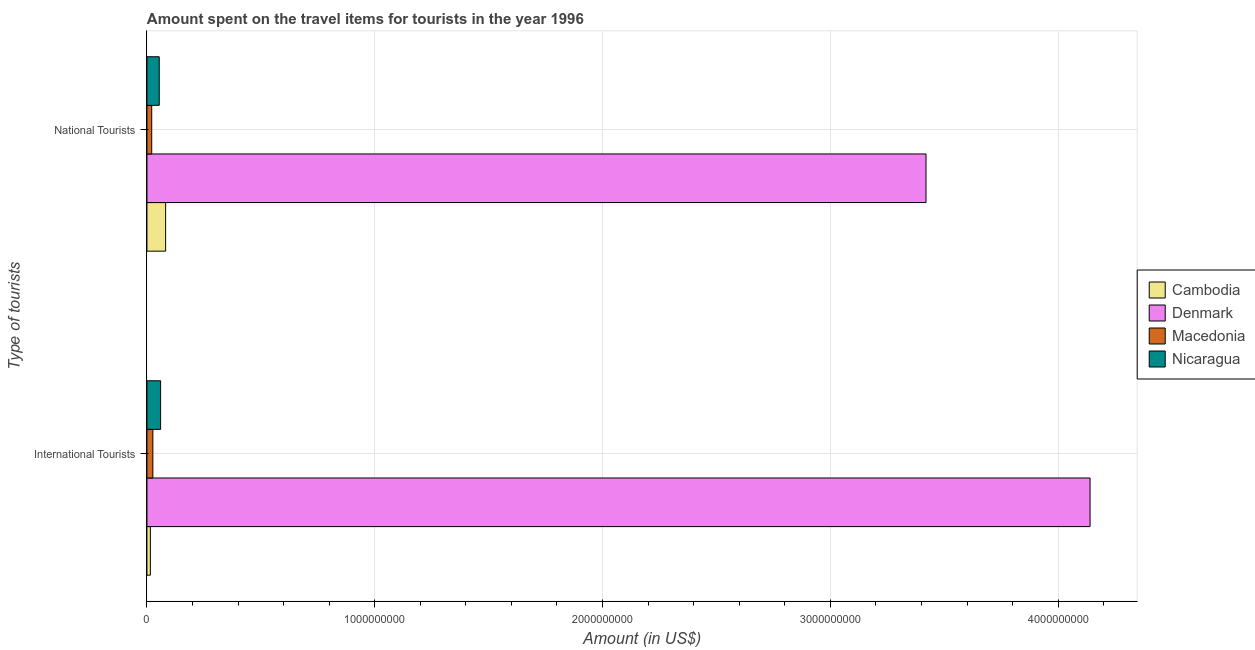
| Type of tourists | Cambodia | Denmark | Macedonia | Nicaragua |
 | --- | --- | --- | --- | --- |
 | International Tourists | 1.5e+07 | 4.14e+09 | 2.6e+07 | 6e+07 |
 | National Tourists | 8.2e+07 | 3.42e+09 | 2.1e+07 | 5.4e+07 |